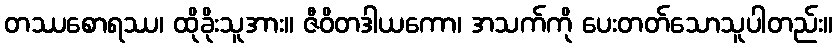
တဿစောရဿ၊ ထိုခိုးသူအား။ ဇီဝိတဒါယကော၊ အသက်ကို ပေးတတ်သောသူပါတည်း။